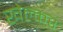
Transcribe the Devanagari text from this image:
खेल्कर